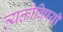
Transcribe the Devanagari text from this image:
व्यक्तीविषयी